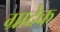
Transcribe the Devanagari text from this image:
ग्रादेक